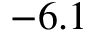
- 6 . 1